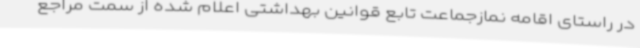
در راستای اقامه نمازجماعت تابع قوانین بهداشتی اعلام شده از سمت مراجع